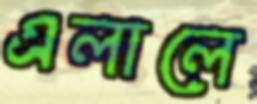
এলালে